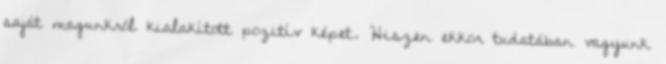
saját magunkról kialakított pozitív képet. Hiszen ekkor tudatában vagyunk